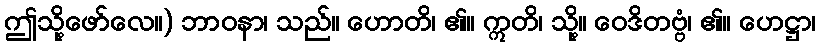
ဤသို့ဖော်လေ။) ဘာဝနာ၊ သည်။ ဟောတိ၊ ၏။ ဣတိ၊ သို့။ ဝေဒိတဗ္ဗံ၊ ၏။ ဟေဋ္ဌာ၊